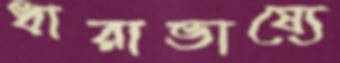
ধারাভাষ্যে